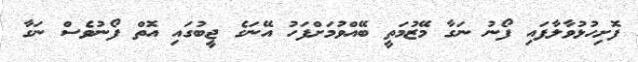
ފޮށިހުޅުވާލާފައި ފޯނު ނަގާ މޭޒުމަތީ ބޭއްވުމަށްފަހު އޭނަގެ ޖީބުގައި އޮތް ފޯނުވެސް ނަގާ